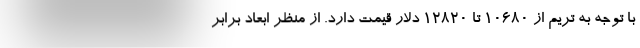
با توجه به تریم از 10680 تا 12820 دلار قیمت دارد. از منظر ابعاد برابر